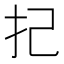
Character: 𢩵